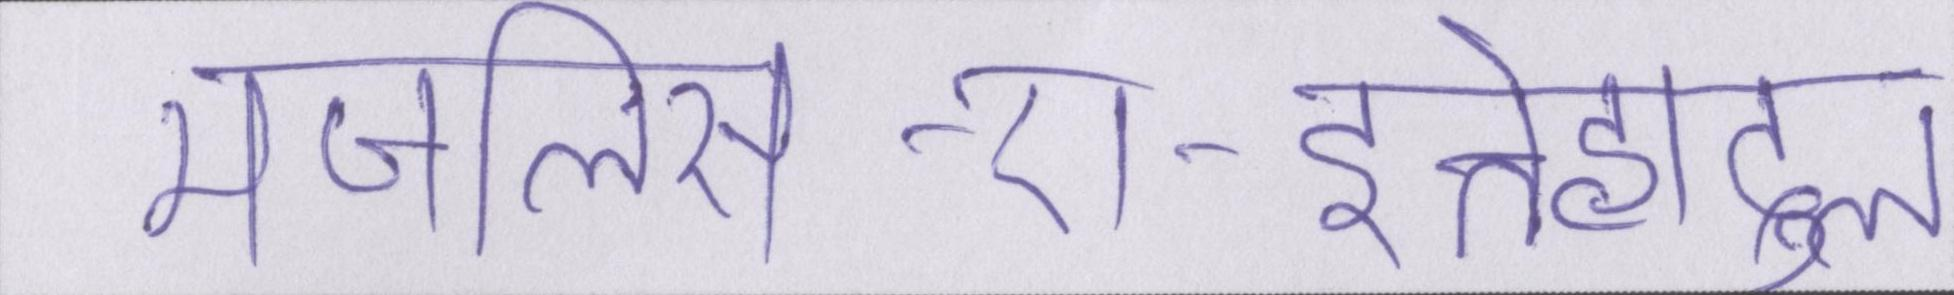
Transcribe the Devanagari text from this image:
मजलिस-ए-इत्तेहादुल